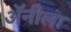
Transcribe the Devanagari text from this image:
अॅनीला